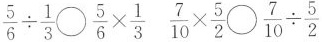
$$\frac { 5 } { 6 } \div \frac { 1 } { 3 } \circ \frac { 5 } { 6 } \times \frac { 1 } { 3 }$$ $$\frac { 7 } {1 0 } \times \frac { 5 } { 2 } \circ \frac { 7 } { 1 0 } \div \frac { 5 } { 2 }$$